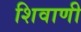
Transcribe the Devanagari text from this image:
शिवाणी